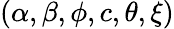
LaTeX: (\alpha,\beta,\phi,c,\theta,\xi)